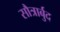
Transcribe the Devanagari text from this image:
सौत्रार्बुद